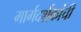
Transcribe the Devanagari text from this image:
मार्गदर्शकांची